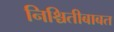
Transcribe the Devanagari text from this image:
निश्चितीबाबत